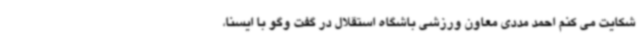
شکایت می کنم احمد مددی معاون ورزشی باشگاه استقلال در گفت وگو با ایسنا،